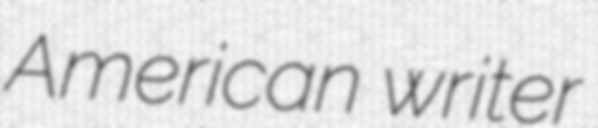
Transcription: American writer